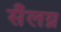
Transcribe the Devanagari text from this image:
सँलग्न